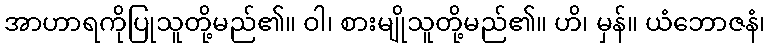
အာဟာရကိုပြုသူတို့မည်၏။ ဝါ၊ စားမျိုသူတို့မည်၏။ ဟိ၊ မှန်။ ယံဘောဇနံ၊